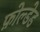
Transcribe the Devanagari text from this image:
फ़ोल्डेड